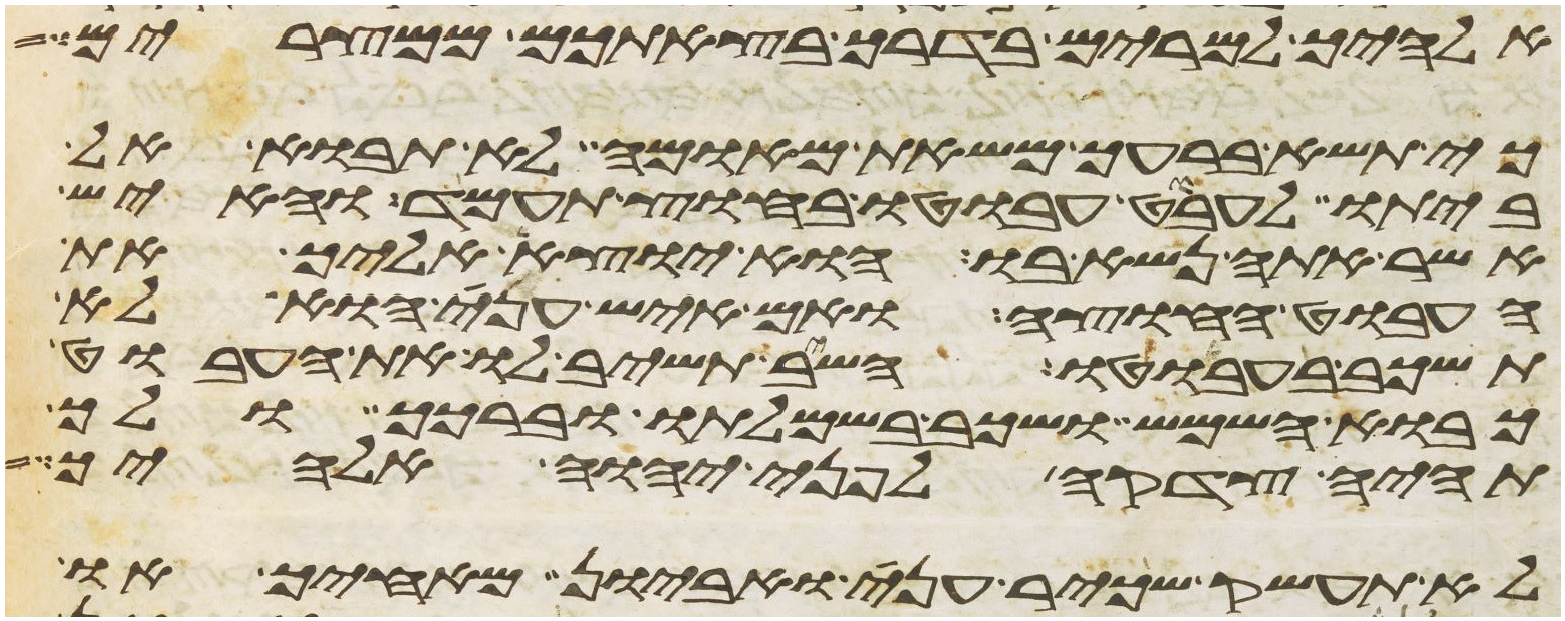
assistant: אלהיך למרים בדרך בצאתכם ממצרים
כי תשא ברעך משאת מאומה לא תבוא אל
ביתו לעבט עבוטו בחוץ תעמד והאיש
אשר אתה נשא בו הוא יוצא אליך את
העבוט החוצה ואם איש עני הוא לא
תשכב בעבוטו השב תשיב לו את העבוט
כבוא השמש ושכב בשמלתו וברכך ולך
תהיה צדקה לפני יהוה אלהיך
לא תעשק שכיר עני ואביון מאחיך או